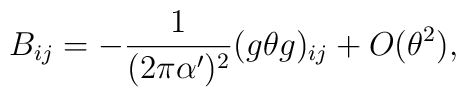
B_{ij} = -\frac{1}{(2 \pi \alpha')^2}( g \theta g )_{ij} + O( \theta^2 ),